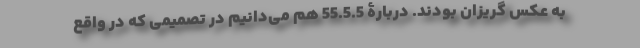
به عکس گریزان بودند. دربارۀ 55.5.5 هم می‌دانیم در تصمیمی که در واقع